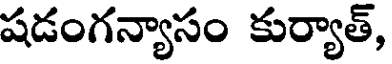
షడంగన్యాసం కుర్యాత్,